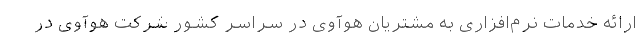
ارائه خدمات نرم‌افزاری به مشتریان هوآوی در سراسر کشور شرکت هوآوی در